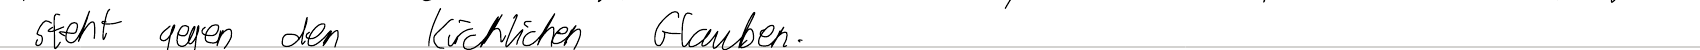
steht gegen den kirchlichen Glauben.